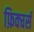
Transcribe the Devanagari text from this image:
फ़िक्चर्स